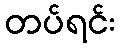
တပ်ရင်း